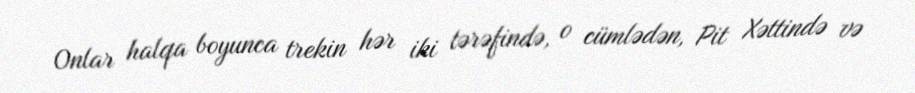
Onlar halqa boyunca trekin hər iki tərəfində, o cümlədən, Pit Xəttində və